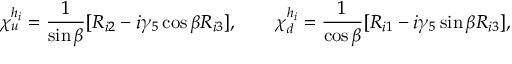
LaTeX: \chi _ { u } ^ { h _ { i } } = \frac { 1 } { \sin \beta } [ R _ { i 2 } - i \gamma _ { 5 } \cos \beta R _ { i 3 } ] , \qquad \chi _ { d } ^ { h _ { i } } = \frac { 1 } { \cos \beta } [ R _ { i 1 } - i \gamma _ { 5 } \sin \beta R _ { i 3 } ] ,